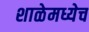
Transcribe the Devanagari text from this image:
शाळेमध्येच